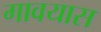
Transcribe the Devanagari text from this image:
गावयास